Annual administration and progress report of the Indian Medical Department, Bombay
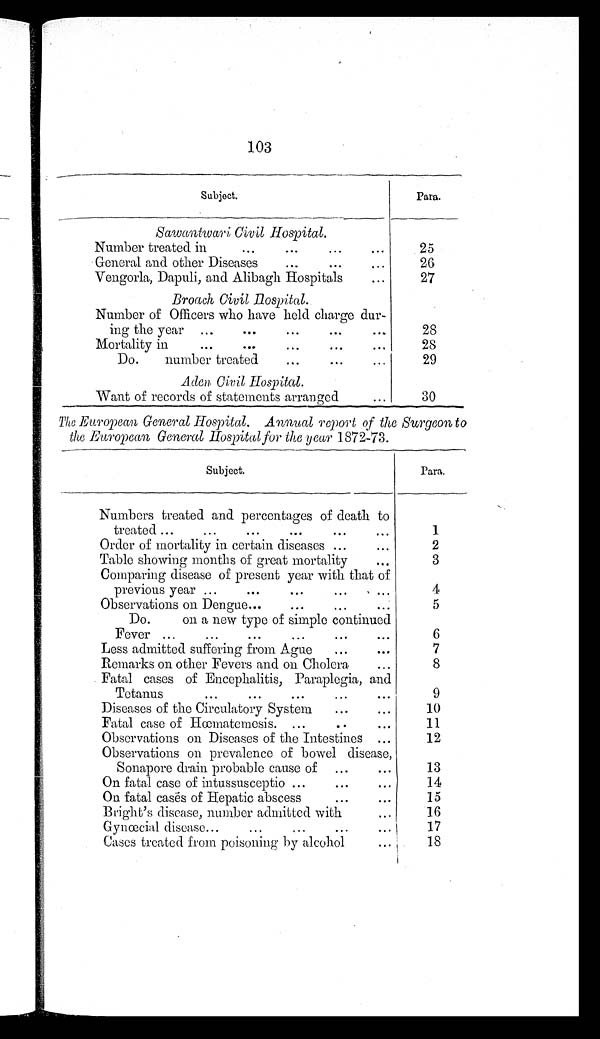
Subject.
Para.
Sawantwari Civil Hospital.
Number treated in
...
...
...
. . .
25
General and other Diseases
...
...
. . .
2 6
Vengorla, Dapuli, and Alibagh Hospitals
...
27
Broach Civil Hospital.
Number of Officers who have held charge dur-
ing the year ...
...
...
...
. . .
28
Mortality in
...
...
...
...
...
28
Do. number treated
...
...
. . .
29
Aden Civil Hospital.
Want of records of statements arranged
...
30
The European General Hospital. Annual report of the Surgeon to
the European General Hospital for the year 1872-73.
Subject.
Para.
Numbers treated and percentages of death to
treated ...
...
...
...
...
...
1
Order of mortality in certain diseases ... ...
2
Table showing months of great mortality
...
3
Comparing disease of present year with that of
previous year ...
...
...
...
. . .
4
Observations on Dengue...
...
...
. . .
5
Do. on a new type of simple continued
Fever ...
...
...
...
...
...
6
Less admitted suffering from Ague ...
. . .
7
Remarks on other Fevers and on Cholera
...
8
Fatal cases of Encephalitis, Paraplegia, and
Tetanus ... ... ... ...
...
9
Diseases of the Circulatory System
...
...
10
Fatal case of Hœmatemesis. ...
..
. . .
11
Observations on Diseases of the Intestines ...
12
Observations on prevalence of bowel disease,
Sonapore drain probable cause of ...
. . .
13
On fatal case of intussusceptio ...
...
...
14
On fatal cases of Hepatic abscess
...
...
15
Bright's disease, number admitted with ...
16
Gynœcial disease... ...
... ... ...
17
Cases treated from poisoning by alcohol ...
18